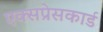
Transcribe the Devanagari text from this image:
एक्सप्रेसकार्ड